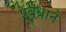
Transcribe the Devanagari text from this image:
प्रबंधाने